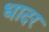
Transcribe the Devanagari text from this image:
धादर